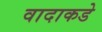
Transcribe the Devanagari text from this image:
वादाकडे